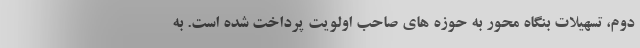
دوم، تسهیلات بنگاه محور به حوزه های صاحب اولویت پرداخت شده است. به